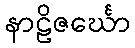
နာဠိဇင်္ဃော